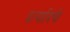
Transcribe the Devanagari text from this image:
इत्यादिंची